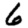
Digit: 6